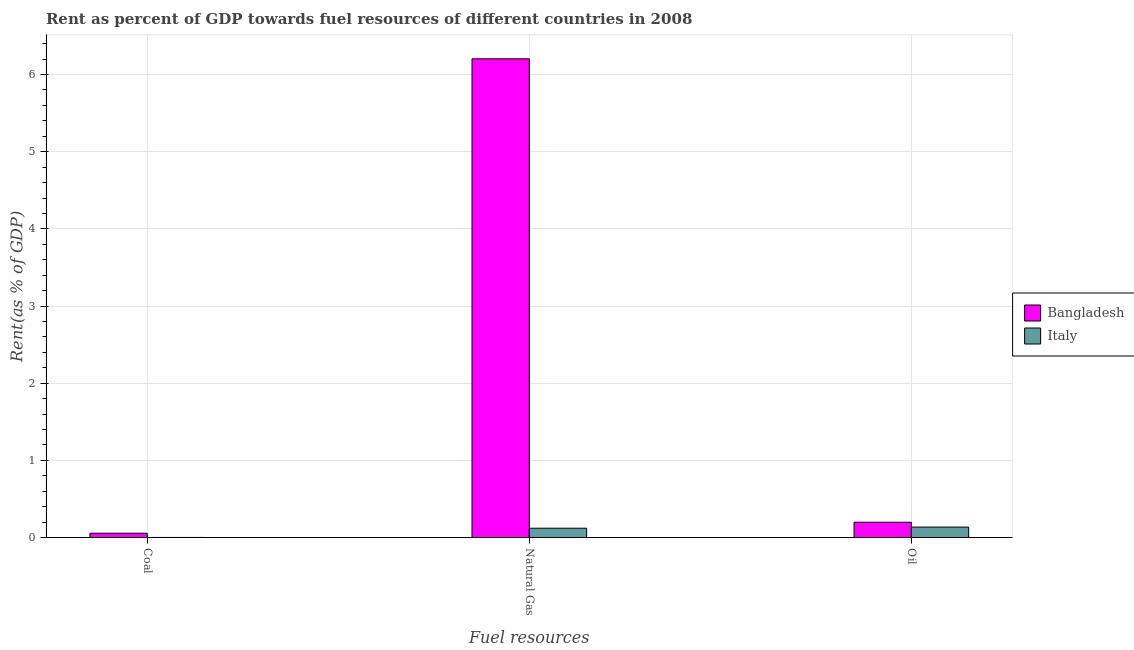
| Fuel resources | Bangladesh | Italy |
 | --- | --- | --- |
 | Coal | 0.0552 | 0.000352 |
 | Natural Gas | 6.2 | 0.12 |
 | Oil | 0.198 | 0.135 |